Lunatic asylums United Provinces 1909-1921 - 1909-1921
Year: 1909
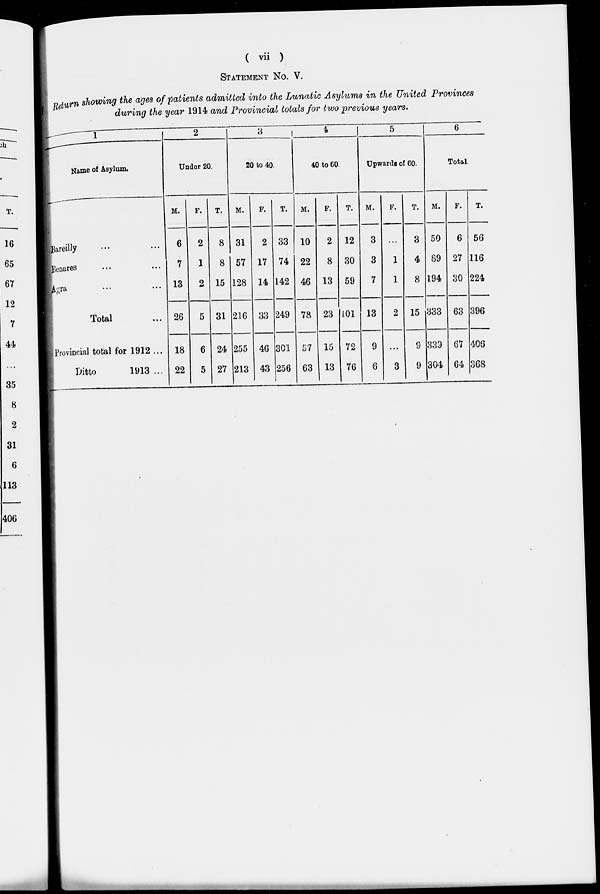
( vii )
STATEMENT No. V.
Return showing the ages of patients admitted into the Lunatic Asylums in the United Provinces
during the year 1914 and Provincial totals for two previous years.
1
Name of Asylum.
Bareilly ... ...
Benares ... ...
Agra ... ...
Total ...
Provincial total for 1912 ...
Ditto
1913 ...
2
Under 20.
M.
6
7
13
26
18
22
F.
2
1
2
5
6
5
T.
8
8
15
31
24
27
3
20 to 40.
M.
31
57
128
216
255
213
F.
2
17
14
33
46
43
T.
33
74
142
249
301
256
4
40 to 60.
M.
10
22
46
78
57
63
F.
2
8
13
23
15
13
T.
12
30
59
101
72
76
5
Upwards of 60.
M.
3
3
7
13
9
6
F.
...
1
1
2
...
3
T.
3
4
8
15
9
9
6
Total.
M.
50
89
194
333
339
304
F.
6
27
30
63
67
64
T.
56
116
224
396
406
368